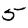
Digit: 5